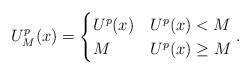
\begin{align*} U^p_M(x) = \begin{cases} U^p(x) & U^p(x) <M\\ M& U^p(x) \ge M \end{cases}. \end{align*}